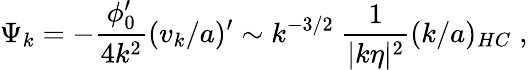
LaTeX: \Psi_{k}=-\frac{\phi_{0}^{\prime}}{4k^{2}}(v_{k}/a)^{\prime}\sim k^{-3/2}~\frac{1}{|k\eta|^{2}}(k/a)_{HC}\; ,